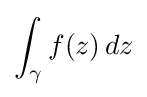
\int _{\gamma }f(z)\,dz